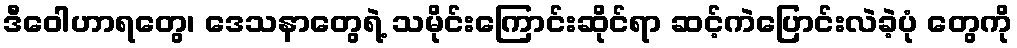
ဒီဝေါဟာရတွေ၊ ဒေသနာတွေရဲ့ သမိုင်းကြောင်းဆိုင်ရာ ဆင့်ကဲပြောင်းလဲခဲ့ပုံ တွေကို